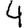
Digit: 4